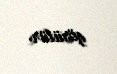
görülür.